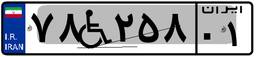
۳۳W۴۸۲۴۶